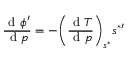
\frac { \mathrm { ~ d ~ } \phi ^ { \prime } } { \mathrm { ~ d ~ } p } = - \bigg ( \frac { \mathrm { ~ d ~ } T } { \mathrm { ~ d ~ } p } \bigg ) _ { s ^ { * } } s ^ { * \prime }